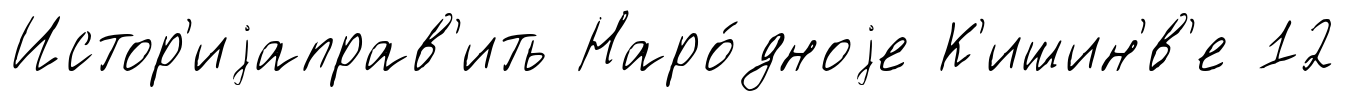
Истор'иjаправ'ить Наро́дноjе К'ишин'́в'е 12